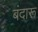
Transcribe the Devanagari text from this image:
बंदारू